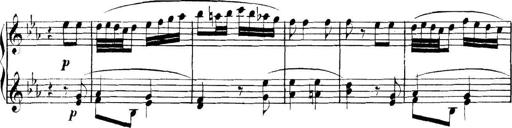
Title: Collected Piano Sonatas
Composer: Muzio Clementi